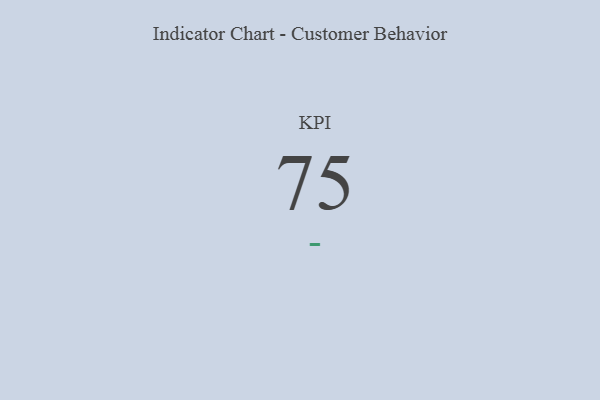
{"axis": {"x": "KPI", "y": "Value"}, "legend": [""], "data": [{"x": "KPI", "y": 75, "type": ""}]}